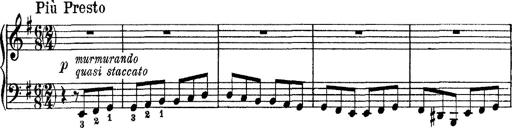
Title: Tarantelle di bravura dâ€™aprÃ¨s la tarantelle de La muette de Portici
Composer: Franz Liszt